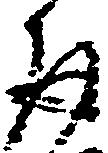
取